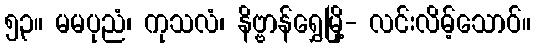
၅၃။ မမပုညံ၊ ကုသလံ၊ နိဗ္ဗာန်ရွှေမြို့- လင်းလိမ့်သောဝ်။